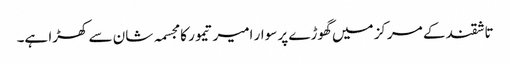
تاشقند کے مرکز میں گھوڑے پر سوار امیر تیمور کا مجسمہ شان سے کھڑا ہے۔